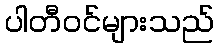
ပါတီဝင်များသည်